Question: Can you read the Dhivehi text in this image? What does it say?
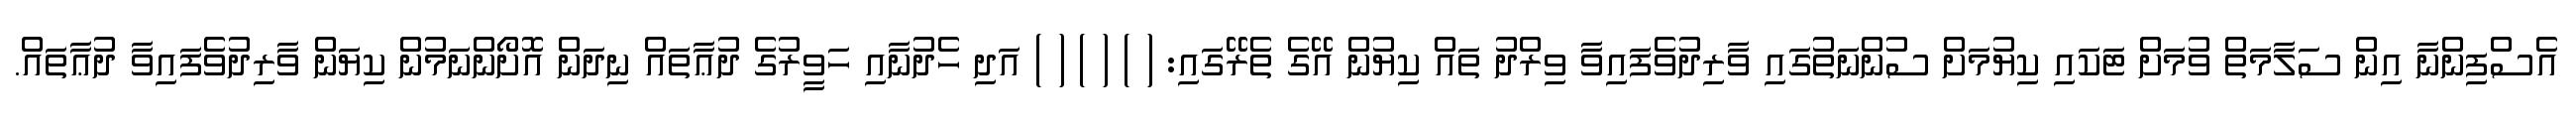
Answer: އެސްފިންނާ އިން ސަލާމަތް ވުމަށް ޓަކައި ކިޔުމަށް ސުންނަތުގައި ވާރިދުވެފައިވާ ވިރްދު ތައް ކިޔުން އޭގެ ތެރޭގައި: ( ) ( ) ( ) އަދި ހެދުނާއި ހަވީރުގެ ދުޢާތައް ނިދަން އޮށޯންނަމުން ކިޔަން ވާރިދުވެފައިވާ ދުޢާތައް.